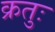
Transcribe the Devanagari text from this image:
क्रतुः